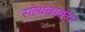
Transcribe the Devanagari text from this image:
सत्यवाक्य